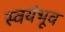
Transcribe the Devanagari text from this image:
स्वयंभूव